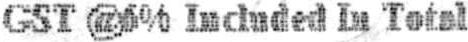
GST @6% INCLUDED IN TOTAL